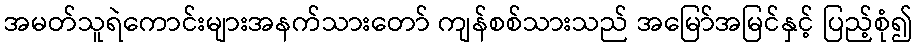
အမတ်သူရဲကောင်းများအနက်သားတော် ကျန်စစ်သားသည် အမြော်အမြင်နှင့် ပြည့်စုံ၍